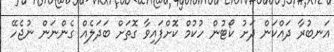
އަނބުރާ ދައްކަން ދަށު ކޯޓުން ހުކުމް ކޮށްފައިވާ ގޮތަށް ބަދަލެއް ގެންނަން ނުޖެހޭ